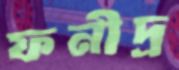
ফনীদ্র